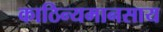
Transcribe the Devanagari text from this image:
काठिन्यमानसाय